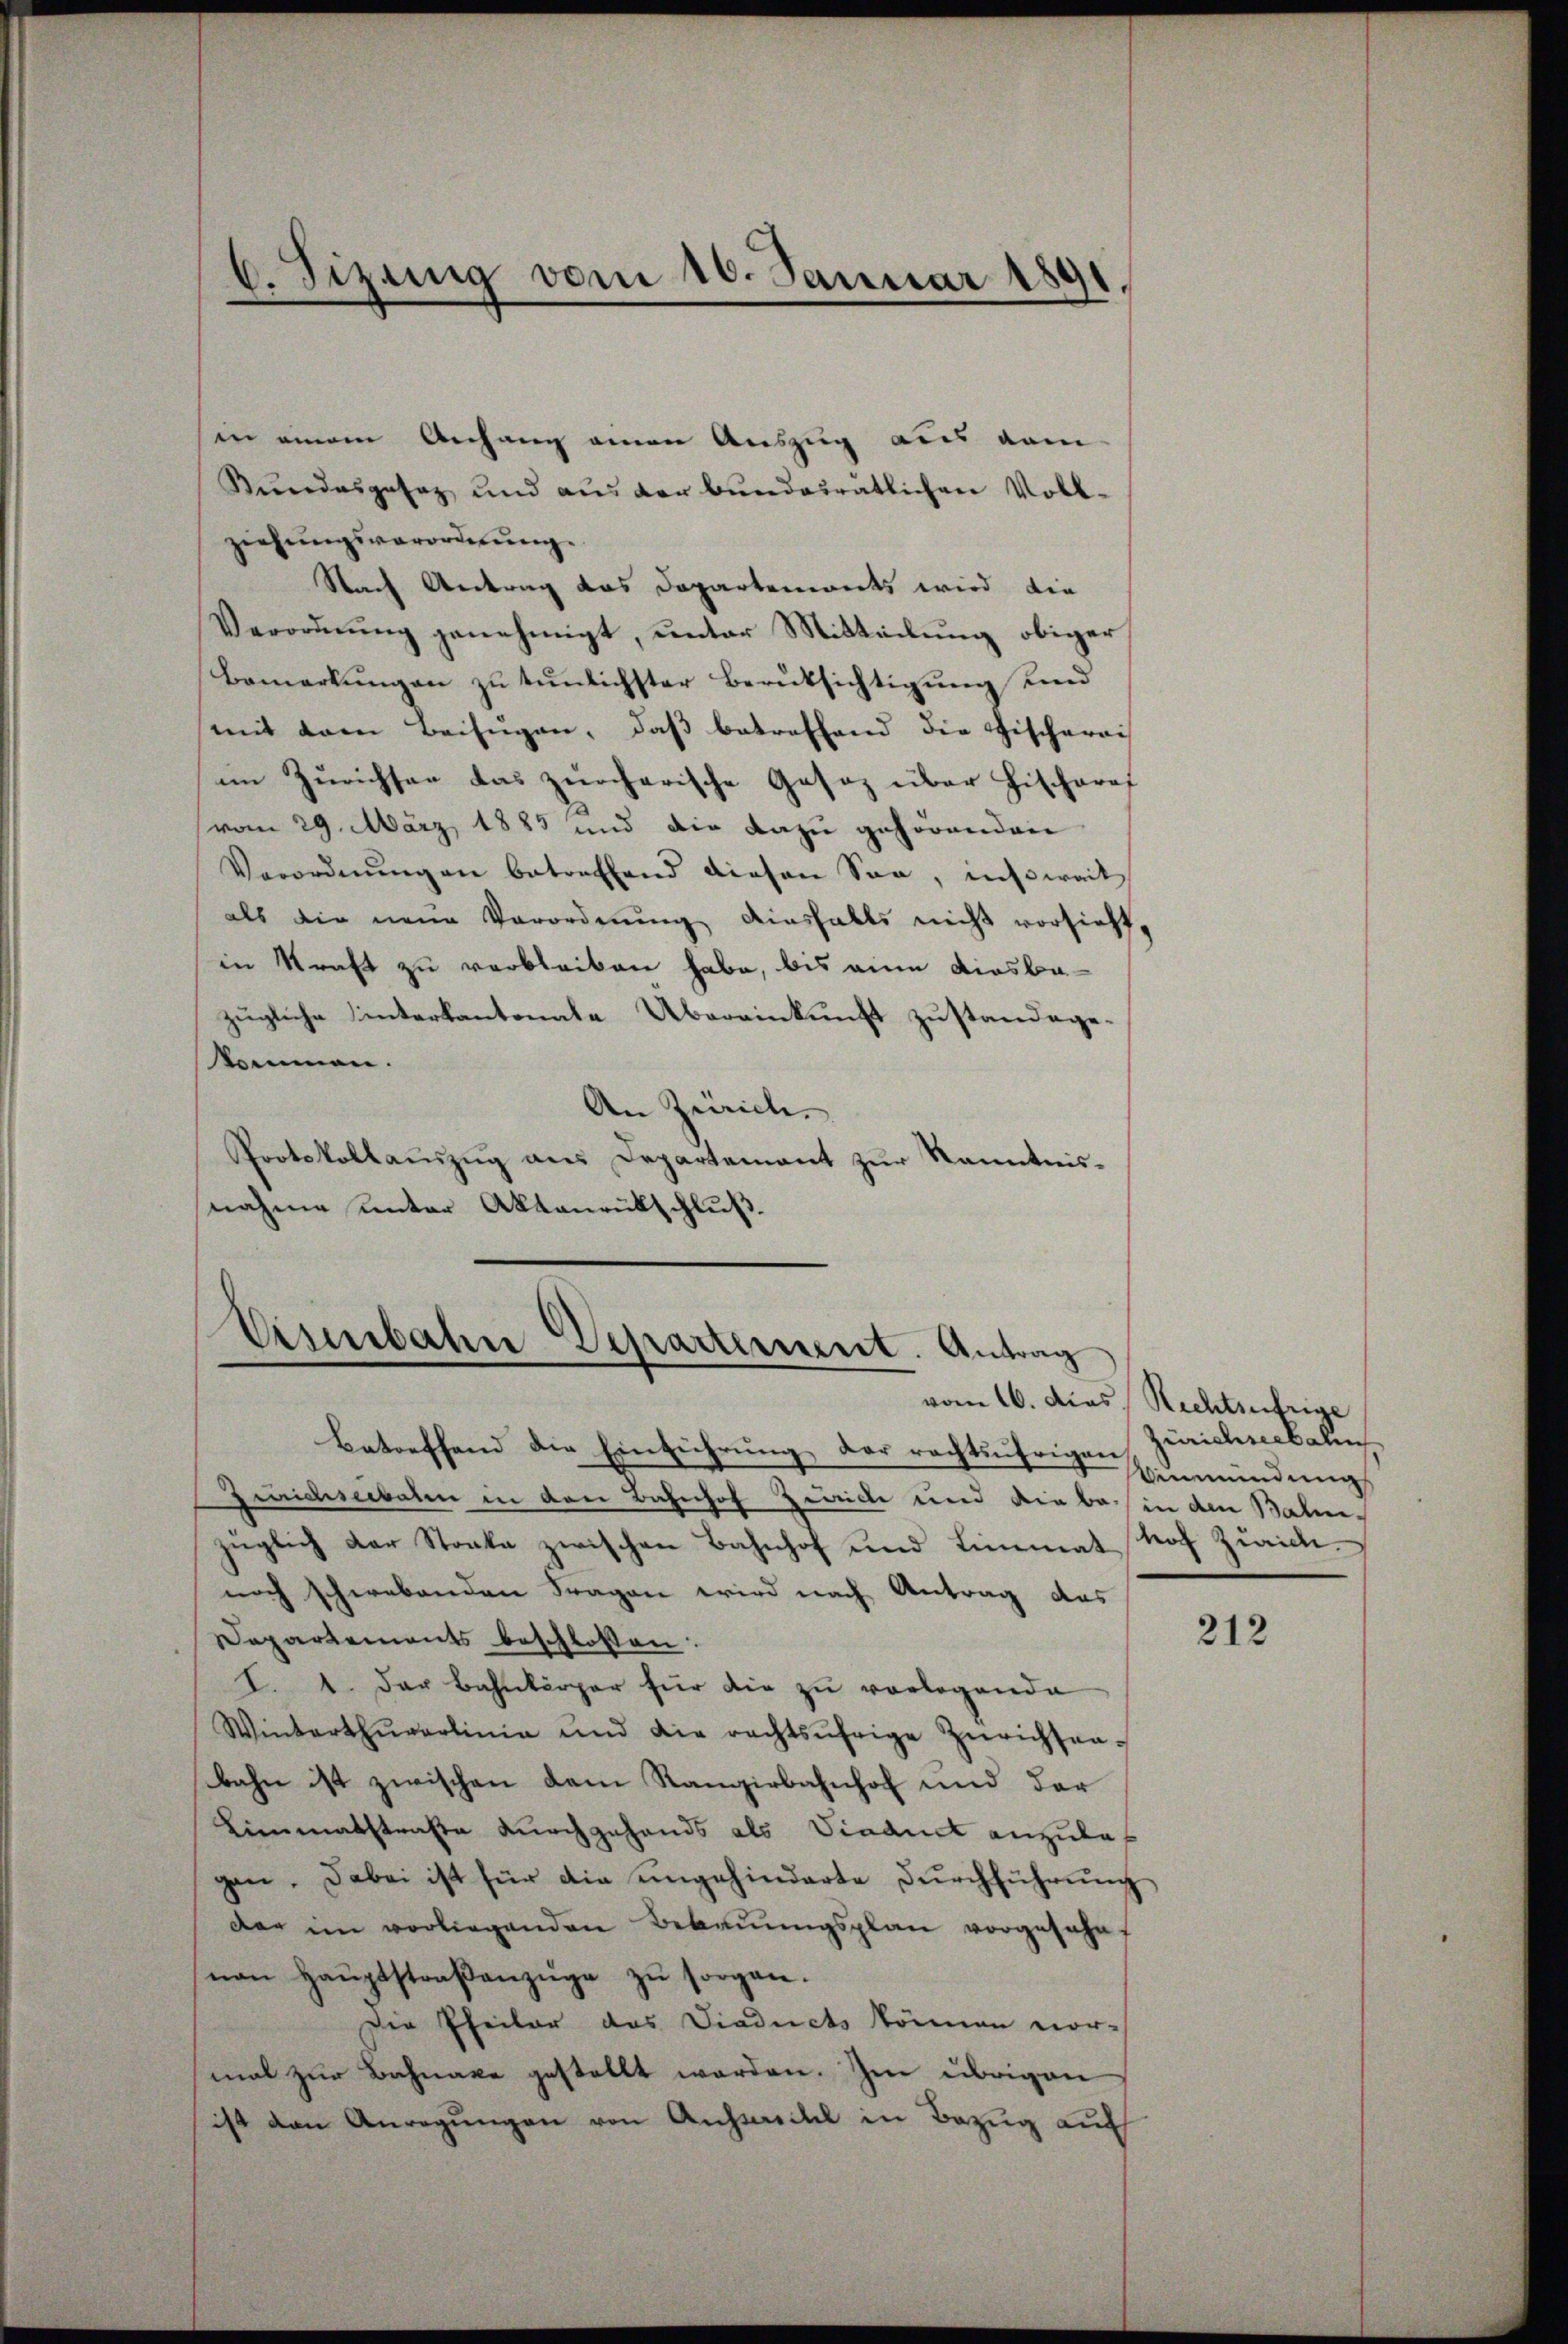
C. Sizung vom 10. Januar 1891.

in einem Anhang einen Auszug aus dem
Kŭndesgesez und aŭs der bundatratlichen Voll-
ziehungsverordnung.
Nach Antrag das Departements wird die
Verordnung genehmigt, unter Mitteilung obiger
Bemerkŭngen zu tunlichster Berüksichtigung und
mit dem Beifügen, daß betreffend die Fischerei
im Zürichsen das zürcherische Gesez über Fischarf
vom 29. März 1883 und die dazu gehörenden
Verordnungen betreffend diesen Son, nisweit
als die neue Verordnung diesfalls nicht vorsieht,
in Kraft zu verbleiben habe, bis eine diesbazügliche hinterkantonale Übereinkunft zustandegekommen.
An Zürich.
Protokollauszug aus Departement zur Kenntnis-
nahme unter Aktenrückschluß.

Eisenbahre Departement. Antrag

Betreffend die Einführung der rechtsährigen
Zürichseebalen in den Bahnhof Zwicke und die behin den Bahn-
züglich der Stocke zwischen Bahnhof und Limmat hof Zürich.
noch schwebenden Fragen wird nach Antrag das
Departements beschlossen:
I. 1. Der Bahnkörper für die zu vorlegende
Winterthŭrarlinie und die rechtsŭfrige Zürichten.
bahn ist zwischen dem Rangirbahnhof und der
Limmatstrafe durchgehands als Viaduct anzulas
gen. Dabei ist für die ungehinderte Durchführung
dar im vorliegenden Bebaŭŭngsplan vorgesehe
nan Haŭptstraβenzüge zŭ sorgen.
Die Pfeiler das Viaducts können vor-
mal zur Bahnake gestellt werden. Im übrigen
ist den Anregungen von Aussischel in Bezug auf

vom 16. das Rechtsufrige
Zürichseebalen
inmündung

212